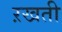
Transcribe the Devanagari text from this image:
ऱखती